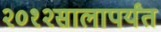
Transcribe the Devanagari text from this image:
२०१२सालापर्यंत